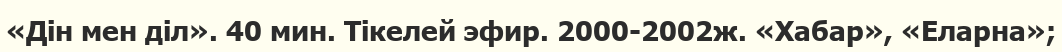
«Дін мен діл». 40 мин. Тікелей эфир. 2000-2002ж. «Хабар», «Еларна»;